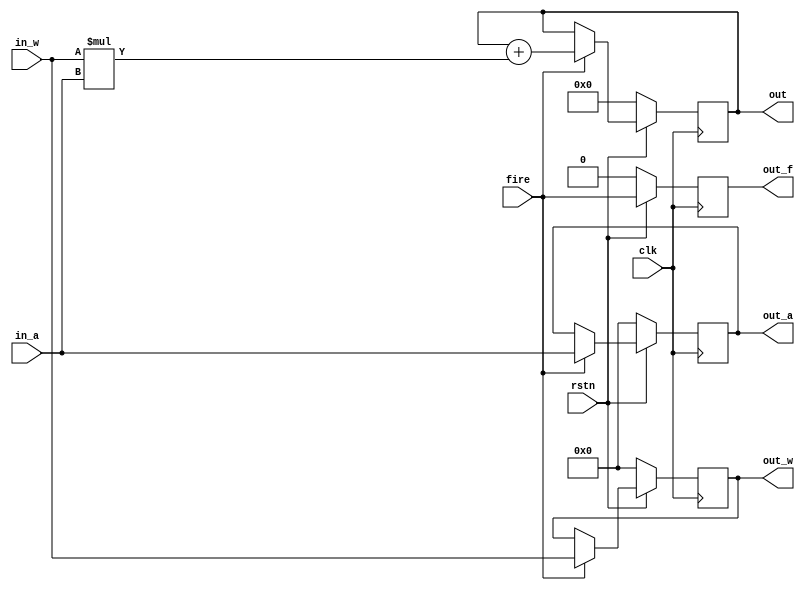
`timescale 1 ns/1 ps

module PE (
	input clk, 
	input rstn,
	input fire, 
	input [7:0] in_w, 
	input [7:0] in_a, 
	output out_f,
	output [7:0] out_a,
	output [7:0] out_w,
	output [31:0] out);

	reg out_f_reg;
	reg signed [7:0] out_a_reg, out_w_reg;
	reg signed [31:0] out_reg;
	assign out_f = out_f_reg;
	assign out_a = out_a_reg;
	assign out_w = out_w_reg;
	assign out = out_reg;

	always @ (posedge clk) begin
		if (!rstn) begin
			out_a_reg <= 0;
			out_w_reg <= 0;
			out_f_reg <= 0;
			out_reg <= 0;
		end else begin
			out_f_reg <= fire;
			if (fire) begin
				out_reg <= out_reg + (in_w * in_a);
				out_a_reg <= in_a;
				out_w_reg <= in_w;
			end
		end
	end
endmodule